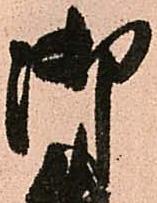
御